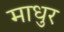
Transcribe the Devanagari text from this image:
माधुर